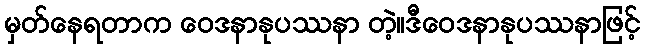
မှတ်နေရတာက ဝေဒနာနုပဿနာ တဲ့။ဒီဝေဒနာနုပဿနာဖြင့်